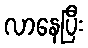
လာနေပြီး